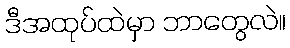
ဒီအထုပ်ထဲမှာ ဘာတွေလဲ။